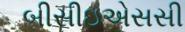
બીસીઇએસસી